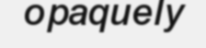
opaquely